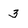
Character: 3